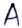
Text: A